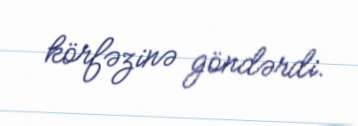
körfəzinə göndərdi.